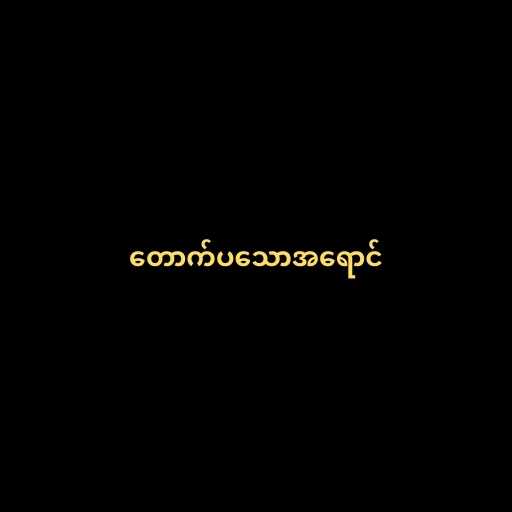
တောက်ပသောအရောင်